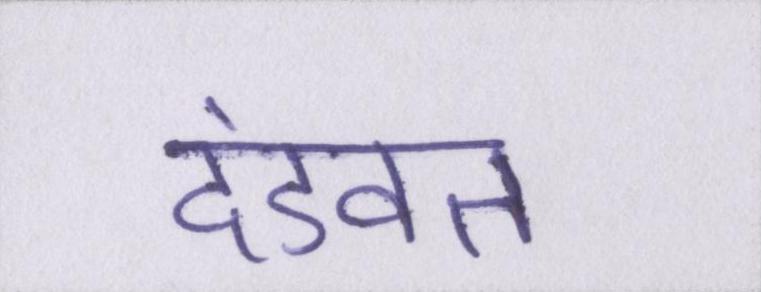
दंडवत